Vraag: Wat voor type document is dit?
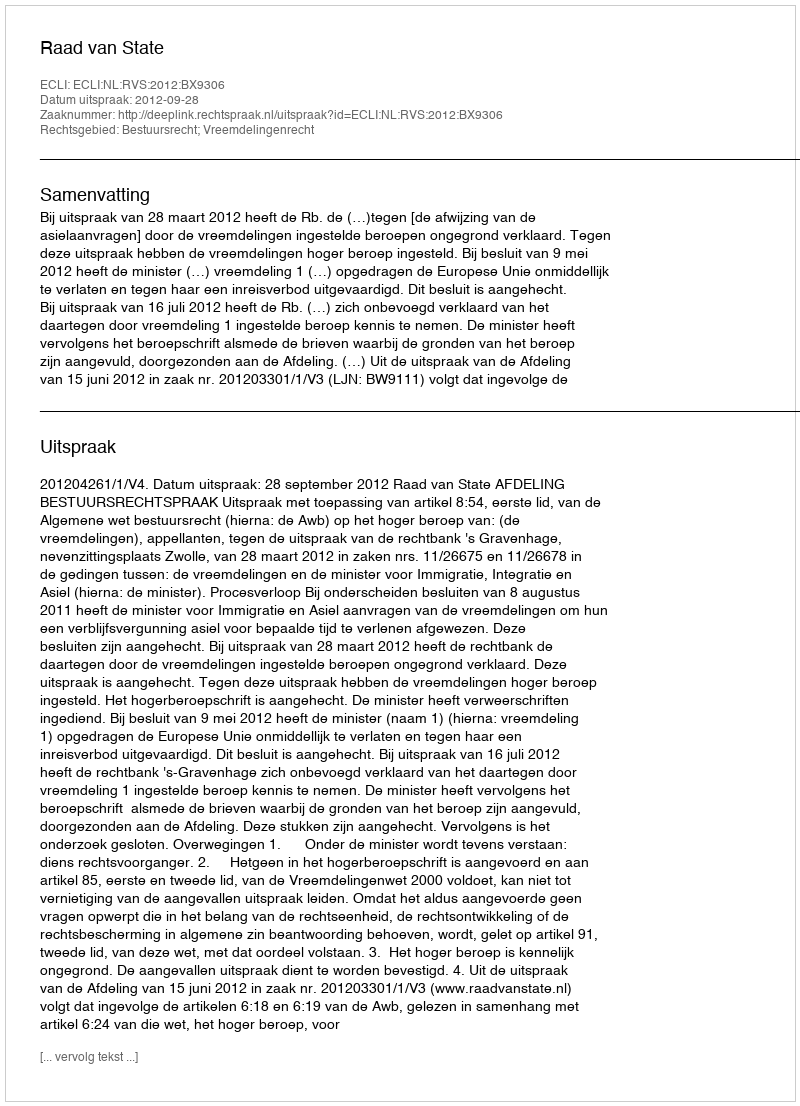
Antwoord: Uitspraak